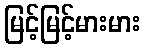
မြင့်မြင့်မားမား